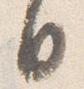
日